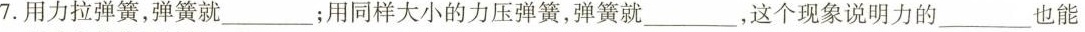
7.用力拉弹簧，弹簧就___；用同样大小的力压弹簧，弹簧就___，这个现象说明力的___也能